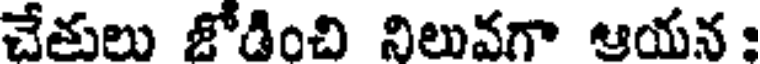
చేతులు జోడించి నిలువగా ఆయన :